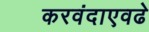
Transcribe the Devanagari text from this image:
करवंदाएवढे